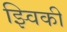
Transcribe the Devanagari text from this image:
झ्विकी